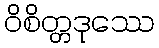
ဝိစိတ္တဒုဿေ